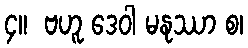
၄။  ဗဟူ ဒေဝါ မနုဿာ စ၊